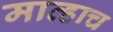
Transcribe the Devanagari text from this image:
माव्हाच